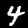
Label: 4